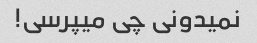
نمیدونی چی میپرسی!